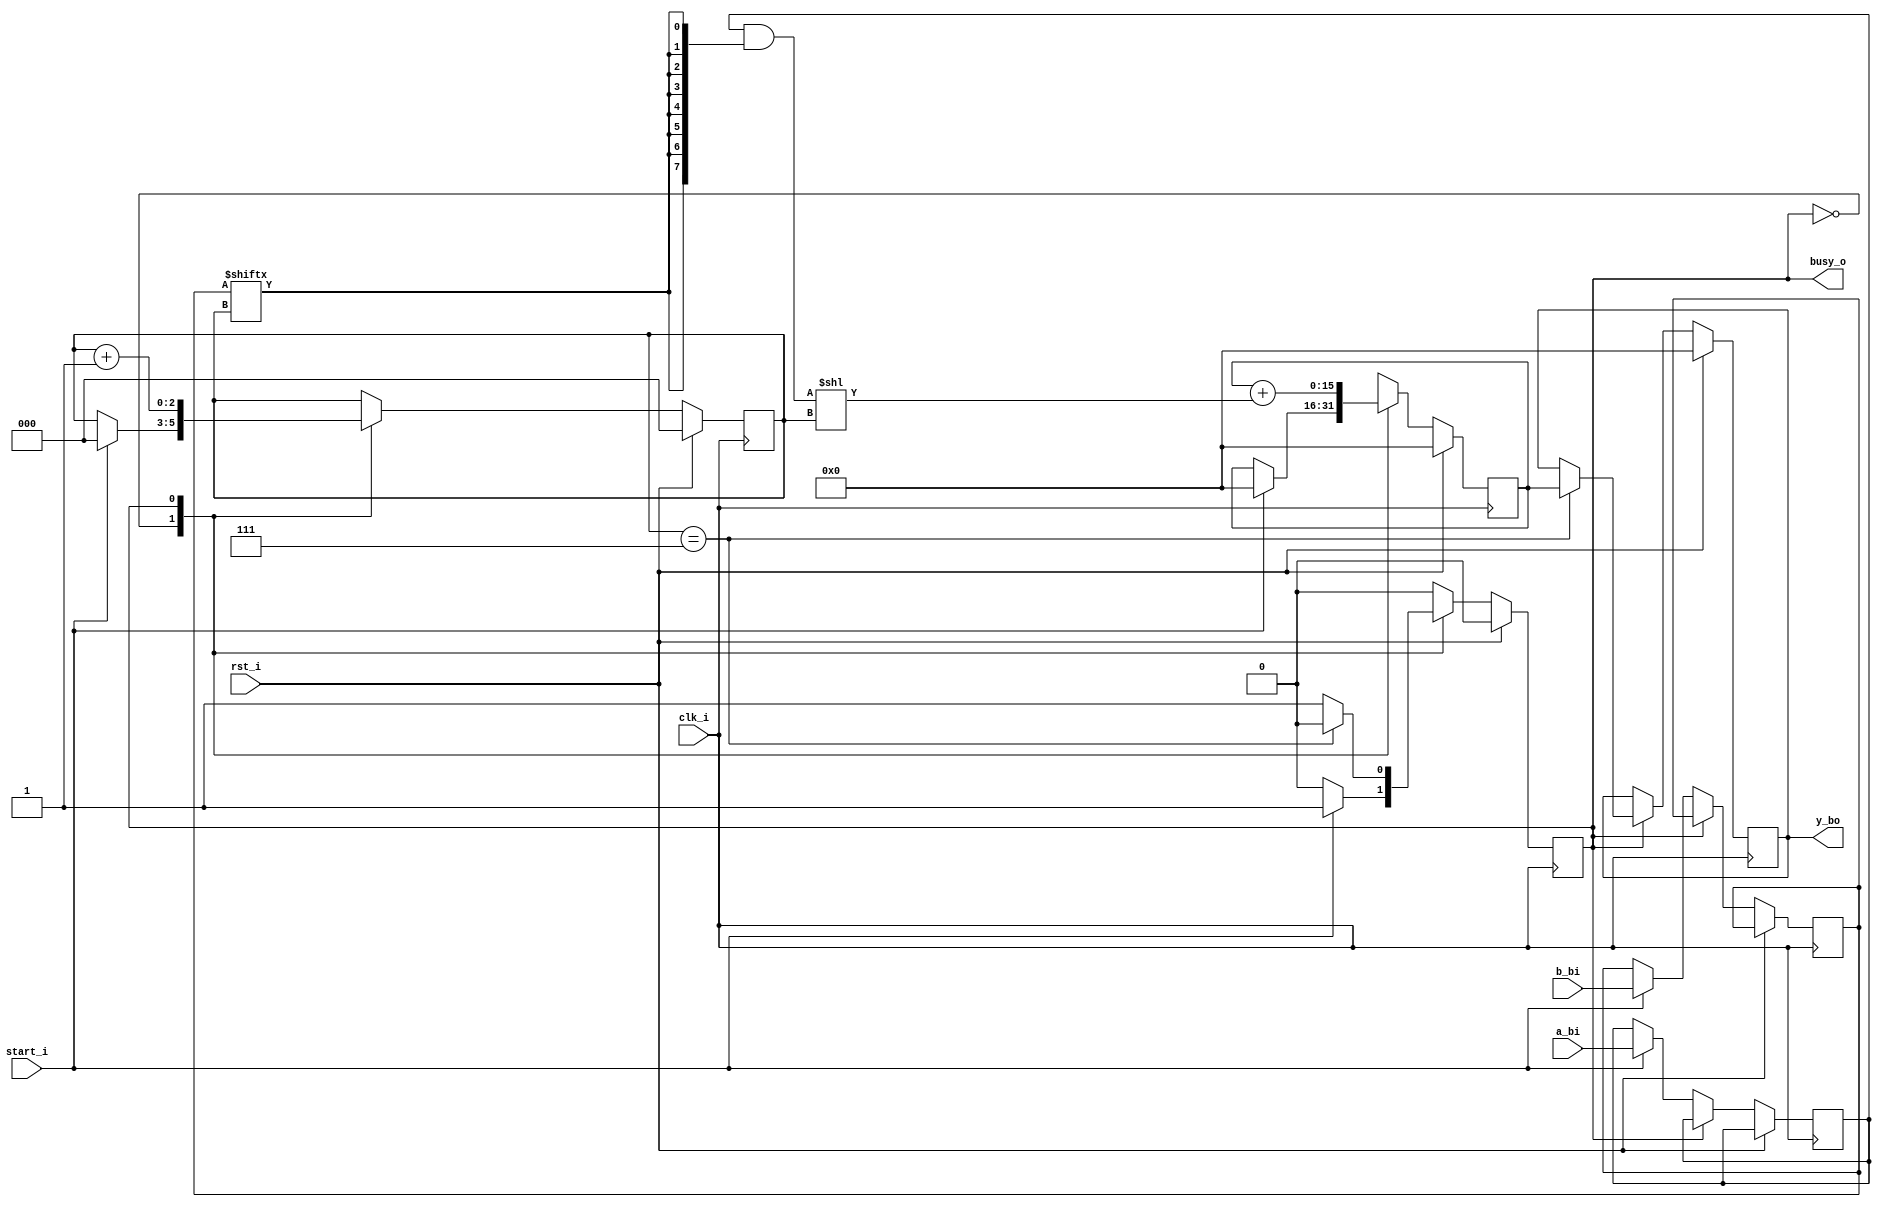
`timescale 1ns / 1ps
//////////////////////////////////////////////////////////////////////////////////
// Company: 
// Engineer: 
// 
// Design Name: 
// Module Name: multiplier
// Project Name: 
// Target Devices: 
// Tool Versions: 
// Description: 
// 
// Dependencies: 
// 
// Revision:
// Revision 0.01 - File Created
// Additional Comments:
// 
//////////////////////////////////////////////////////////////////////////////////


module mult  (
	input  clk_i ,
	input  rst_i ,
	
	input  [ 7 : 0 ]  a_bi ,
	input  [ 7 : 0 ]  b_bi ,
	input  start_i ,
	
	output busy_o ,
	output  reg  [ 15:0 ]  y_bo
);

	localparam IDLE = 1'b0 ;
	localparam WORK = 1'b1 ;
	
	reg   [ 2 : 0 ]   ctr ;
	wire  [ 2 : 0 ]   end_step ;
	wire  [ 7 : 0 ]   part_sum ;
	wire  [ 15 : 0 ]  shifted_part_sum ;
	reg  [ 7 : 0 ]a ,  b ;
	reg  [ 15 : 0 ]part_res ;
	reg  state ;
	
	assign  part_sum = a & {8{b [ ctr ] } } ;
	assign  shifted_part_sum = part_sum << ctr ;
	assign  end_step = ( ctr == 3'h7 ) ;
	assign  busy_o = state ;
	
	always@ ( posedge  clk_i )
		if ( rst_i )  begin
			ctr <= 0;
			part_res <= 0;
			y_bo <= 0;
	
		state <= IDLE ;
	end  else  begin
		case ( state )
			IDLE :
				if ( start_i )  begin
					state  <= WORK;
					
					a <= a_bi ;
					b <= b_bi ;
					ctr <= 0;
					part_res <= 0;
				end
			WORK:
				begin
					if ( end_step )  begin
						state  <= IDLE ;
						y_bo   <= part_res ;
					end
					
					part_res = part_res + shifted_part_sum ;
					ctr <= ctr + 1;
				end
		endcase
	end
	
endmodule